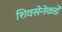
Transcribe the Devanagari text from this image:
शिवसेनेकडे